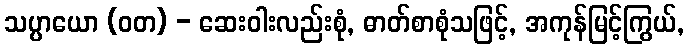
သပ္ပာယော (ဝတ) - ဆေးဝါးလည်းစုံ, ဓာတ်စာစုံသဖြင့်, အကုန်မြင့်ကြွယ်,